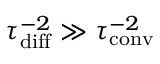
\tau _ { \mathrm { d i f f } } ^ { - 2 } \gg \tau _ { \mathrm { c o n v } } ^ { - 2 }